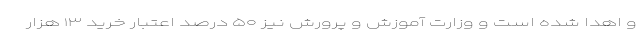
و اهدا شده است و وزارت آموزش و پرورش نیز ۵۰ درصد اعتبار خرید ۱۳ هزار